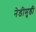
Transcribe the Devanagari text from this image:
नेडीमुडी